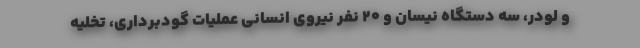
و لودر، سه دستگاه نیسان و ۲۰ نفر نیروی انسانی عملیات گودبرداری، تخلیه